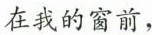
在我的窗前，